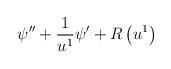
LaTeX: \begin{align*}\psi ^{\prime \prime }+\frac{1}{u^{1}}\psi ^{\prime }+R\left( u^{1}\right)\end{align*}